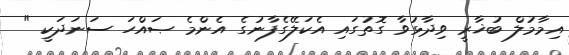
އިމާމުލް ބުޚާރީ ވިދާޅުވާ ގޮތުގައި އެކަލޭގެފާނުގެ އެންމެ ޞައްހަ ސަނަދަކީ "